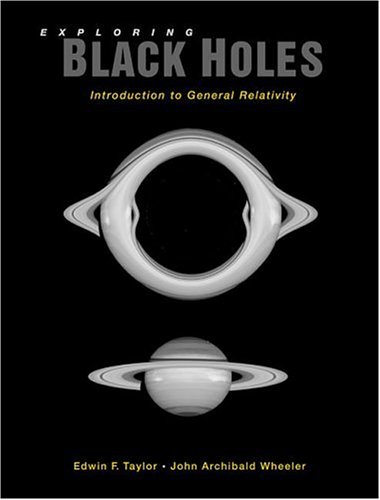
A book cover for Exploring Black Holes: Introduction to General Relativity; Edwin F. Taylor; Science & Math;